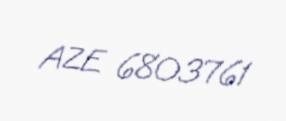
AZE 6803761